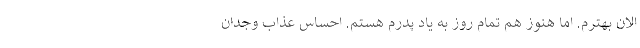
الان بهترم. اما هنوز هم تمام روز به یاد پدرم هستم. احساس عذاب وجدان